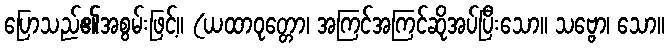
ပြောသည်၏အစွမ်းဖြင့်။ (ယထာဝုတ္တော၊ အကြင်အကြင်ဆိုအပ်ပြီးသော။ သဗ္ဗော၊ သော။